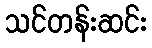
သင်တန်းဆင်း